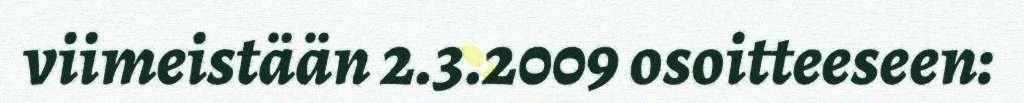
viimeistään 2.3.2009 osoitteeseen: